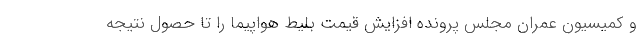
و کمیسیون عمران مجلس پرونده افزایش قیمت بلیط هواپیما را تا حصول نتیجه